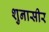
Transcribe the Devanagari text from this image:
शुनासीर